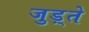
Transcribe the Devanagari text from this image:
जुड़्ते